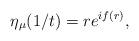
LaTeX: \begin{align*}\eta_{\mu}(1/t)=re^{if(r)},\end{align*}